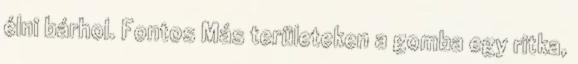
élni bárhol. Fontos Más területeken a gomba egy ritka,